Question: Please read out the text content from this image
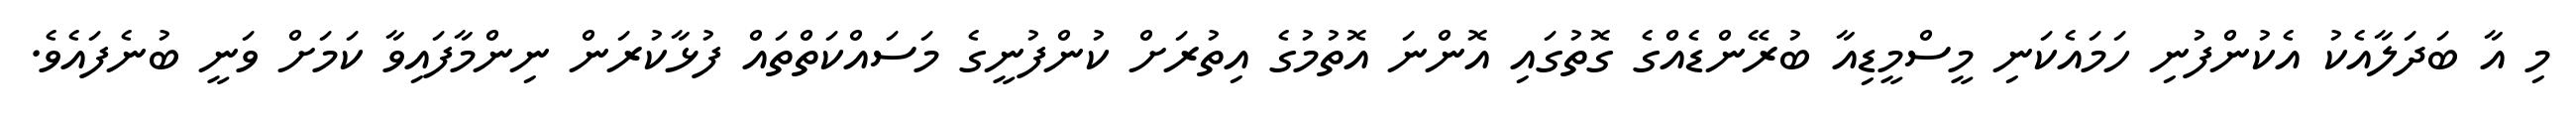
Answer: މި އާ ބަދަލާއެކު އެކުންފުނި ހަމައެކަނި މީސްމީޑިއާ ބުރޭންޑެއްގެ ގޮތުގައި އޮންނަ އޮތުމުގެ އިތުރަށް ކުންފުނީގެ މަސައްކަތްތައް ފުޅާކުރަން ނިންމާފައިވާ ކަމަށް ވަނީ ބުނެފައެވެ.